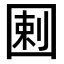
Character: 𡇿